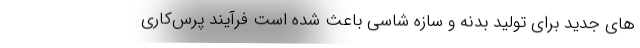
های جدید برای تولید بدنه و سازه شاسی باعث شده است فرآیند پِرِس‌کاری